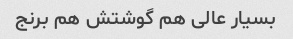
بسیار عالی هم گوشتش هم برنج